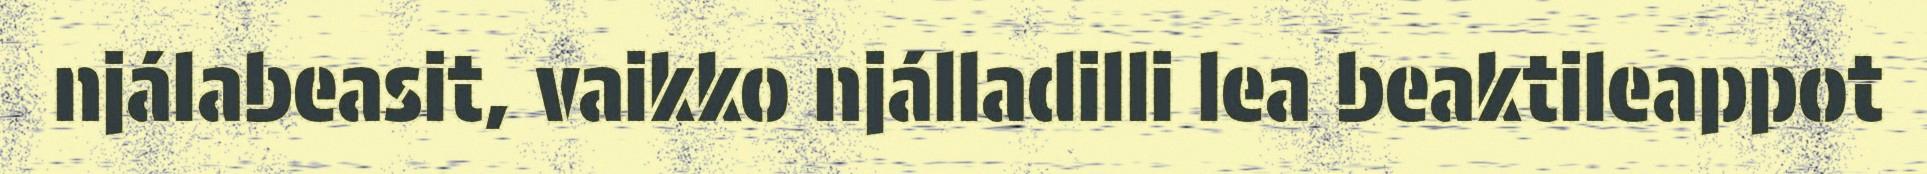
njálabeasit, vaikko njálladilli lea beaktileappot